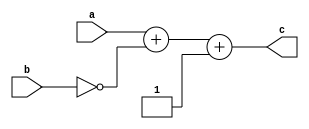
module substruct (input [31:0] a,b,
								  output [31:0] c);
assign c=a+~b+1;
endmodule